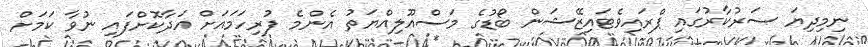
ނިމިދިޔަ ސަރުކާރުގައި ޕްރައިވެޓައިޒޭޝަން ބޯޑުގެ މަސްއޫލިއްޔަތު އެންމެ ފުރިހަމައަށް އަދާކޮށްފައި ނުވާ ކަމަށް